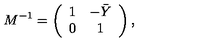
M ^ { - 1 } = \left( \begin{array} { c c } { 1 } & { - \bar { Y } } \\ { 0 } & { 1 } \\ \end{array} \right) ,